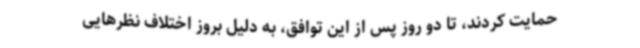
حمایت کردند، تا دو روز پس از این توافق، به دلیل بروز اختلاف نظرهایی